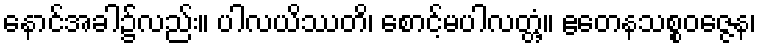
နောင်အခါ၌လည်း။ ပါလယိဿတိ၊ စောင့်မပါလတ္တံ့။ ဧတေနသစ္စဝဇ္ဇေန၊